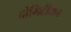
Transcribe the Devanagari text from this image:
दोमिटीयन